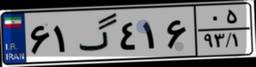
۶۱گ۴۱۶۰۵